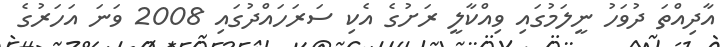
އާދިއްތަ ދުވަހު ނީލަމުގައި ވިއްކާލީ ރަށުގެ އެކި ސަރަހައްދުގައި 2008 ވަނަ އަހަރުގެ